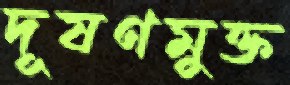
দূষণমুক্ত